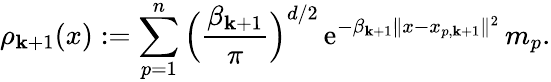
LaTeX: \rho_{\mathbf{k}+1}(x):=\sum_{p=1}^{n}\Big(\frac{{\beta_{\mathbf{k}+1}}}{{\pi}}\Big)^{d/2}\, \mathrm{{e}}^{-\beta_{\mathbf{k}+1}\| x-x_{p,\mathbf{k}+1}\| ^{2}}\, m_{p}.